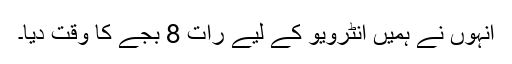
انہوں نے ہمیں انٹرویو کے لیے رات 8 بجے کا وقت دیا۔